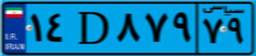
۸۲D۴۳۳۸۶